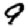
Digit: 9